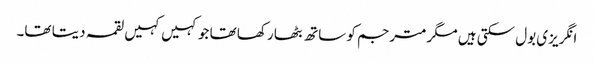
انگریزی بول سکتی ہیں مگر مترجم کو ساتھ بٹھا رکھا تھا جو کہیں کہیں لقمہ دیتا تھا۔